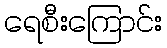
ရေစီးကြောင်း